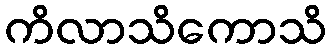
ကိလာသိကောသိ